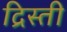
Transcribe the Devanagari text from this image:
द्रिस्ती